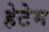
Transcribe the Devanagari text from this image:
हेटेम